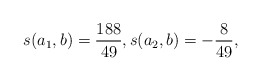
\begin{align*}s(a_1,b)=\frac{188}{49}, s(a_2,b)=-\frac{8}{49},\end{align*}